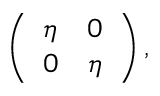
\left( \begin{array} { c c } { { \eta } } & { { 0 } } \\ { { 0 } } & { { \eta } } \end{array} \right) ,